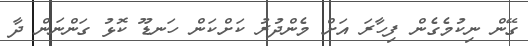
ގޭން ނިކުމެގެން ފިހާރަ އަށް މެންދުރު ކަށްކަން ހަނޑޫ ކޮޅު ގަންނަން ދާ